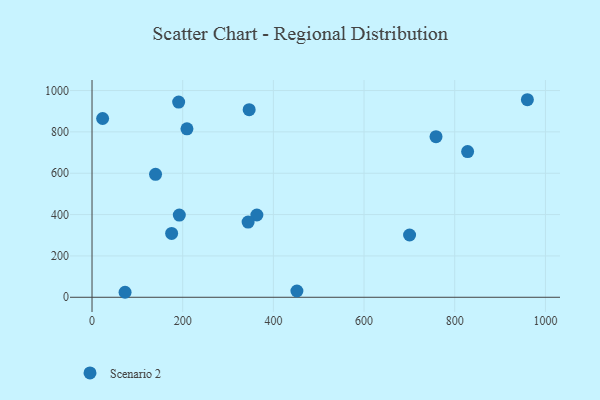
{"axis": {"x": "Engine Size", "y": "Rating"}, "legend": ["Scenario 2"], "data": [{"x": "960.2", "y": 955.6, "type": "Scenario 2"}, {"x": "72.9", "y": 24.2, "type": "Scenario 2"}, {"x": "346.6", "y": 907.5, "type": "Scenario 2"}, {"x": "363.6", "y": 398.0, "type": "Scenario 2"}, {"x": "700.4", "y": 301.3, "type": "Scenario 2"}, {"x": "451.9", "y": 30.3, "type": "Scenario 2"}, {"x": "758.7", "y": 776.8, "type": "Scenario 2"}, {"x": "140.1", "y": 594.6, "type": "Scenario 2"}, {"x": "209.4", "y": 814.8, "type": "Scenario 2"}, {"x": "828.4", "y": 704.8, "type": "Scenario 2"}, {"x": "175.6", "y": 308.9, "type": "Scenario 2"}, {"x": "23.4", "y": 864.9, "type": "Scenario 2"}, {"x": "344.3", "y": 363.7, "type": "Scenario 2"}, {"x": "191.1", "y": 944.2, "type": "Scenario 2"}, {"x": "192.5", "y": 397.4, "type": "Scenario 2"}]}